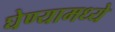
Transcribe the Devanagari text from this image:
घेण्यामध्ये